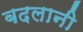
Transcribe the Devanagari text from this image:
बदलानी